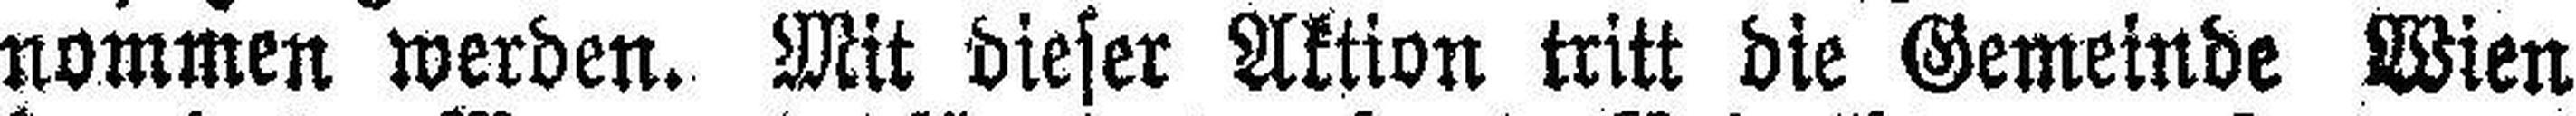
nommen werden. Mit dieser Aktion tritt die Gemeinde Wien